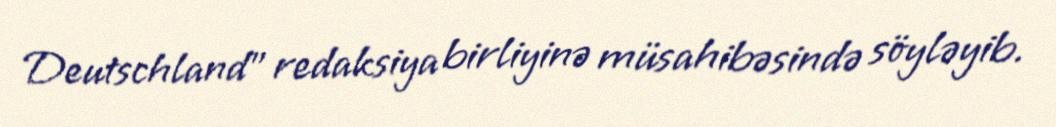
Deutschland” redaksiya birliyinə müsahibəsində söyləyib.